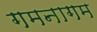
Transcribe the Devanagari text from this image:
गमनागम